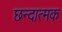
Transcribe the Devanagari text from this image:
छन्दात्मक